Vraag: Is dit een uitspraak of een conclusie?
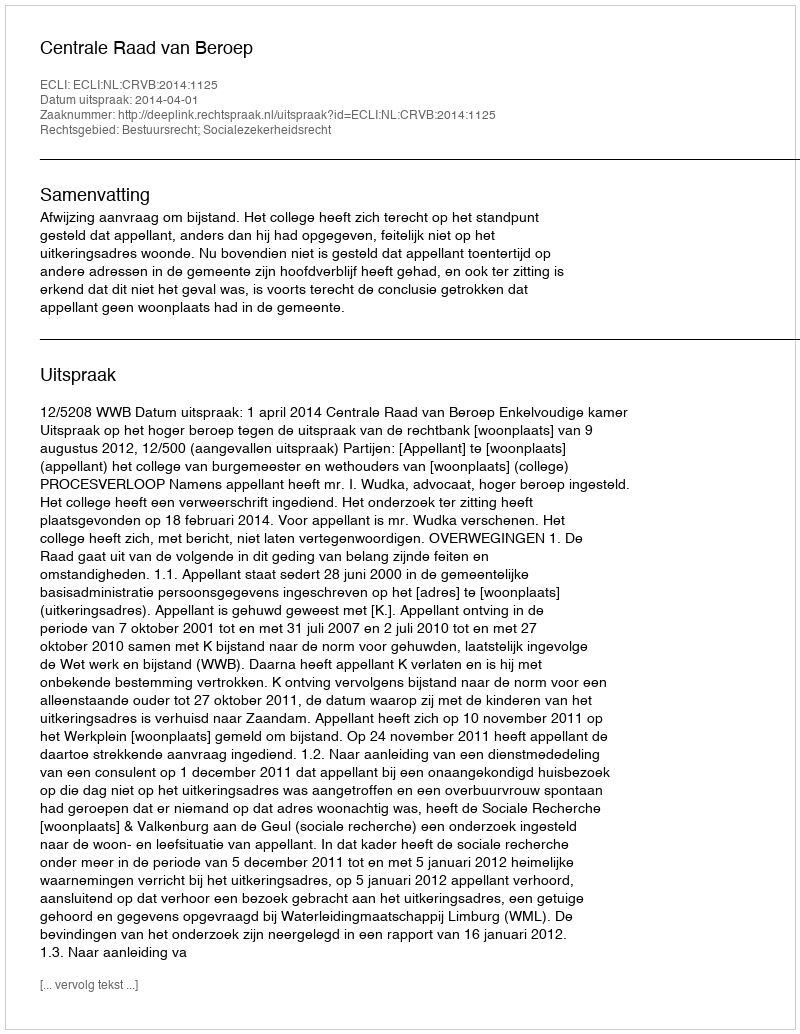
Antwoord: Uitspraak